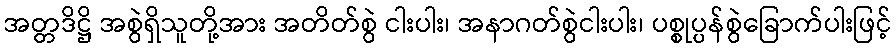
အတ္တဒိဋ္ဌိ အစွဲရှိသူတို့အား အတိတ်စွဲ ငါးပါး၊ အနာဂတ်စွဲငါးပါး၊ ပစ္စုပ္ပန်စွဲခြောက်ပါးဖြင့်